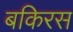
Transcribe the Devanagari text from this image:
बकिरस